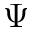
\Psi